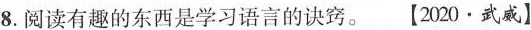
8.阅读有趣的东西是学习语言的诀窍。【2020·武威】